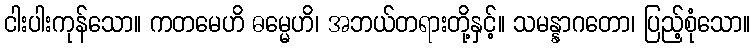
ငါးပါးကုန်သော။ ကတမေဟိ ဓမ္မေဟိ၊ အဘယ်တရားတို့နှင့်။ သမန္နာဂတော၊ ပြည့်စုံသော။